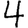
Digit: 4